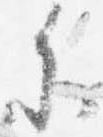
参